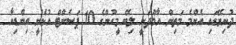
ދުނިޔޭގައި އެންމެ މަތިން އާމްދަނީ ލިބޭ މީހުންގެ 10 ޕަސެންޓް އުޅެނީ އިންޑިއާ